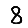
Digit: 8